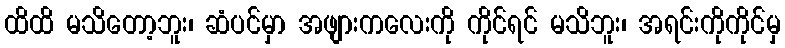
ထိထိ မသိတော့ဘူး၊ ဆံပင်မှာ အဖျားကလေးကို ကိုင်ရင် မသိဘူး၊ အရင်းကိုကိုင်မှ